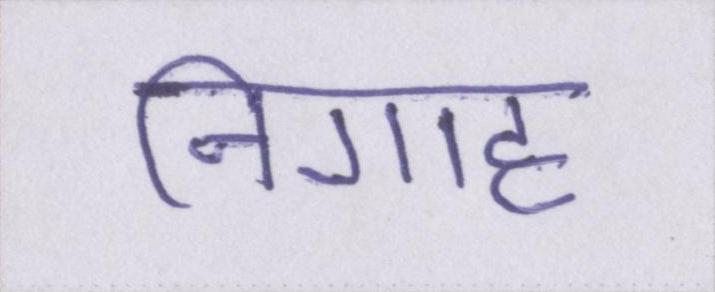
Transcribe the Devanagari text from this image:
निगाह